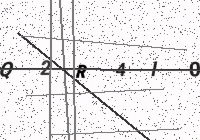
Text: Q2R4I0X